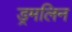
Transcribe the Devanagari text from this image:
ड्रमलिन